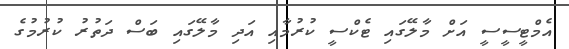
އެމްޓީސީސީ އަށް މާލޭގައި ޓެކްސީ ކުރުމާއި އަދި މާލޭގައި ބަސް ދަތުރު ކުރުމުގެ